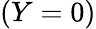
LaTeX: (Y=0)